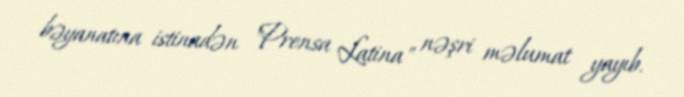
bəyanatına istinadən "Prensa Latina" nəşri məlumat yayıb.